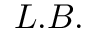
L . B .